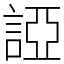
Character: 䛩